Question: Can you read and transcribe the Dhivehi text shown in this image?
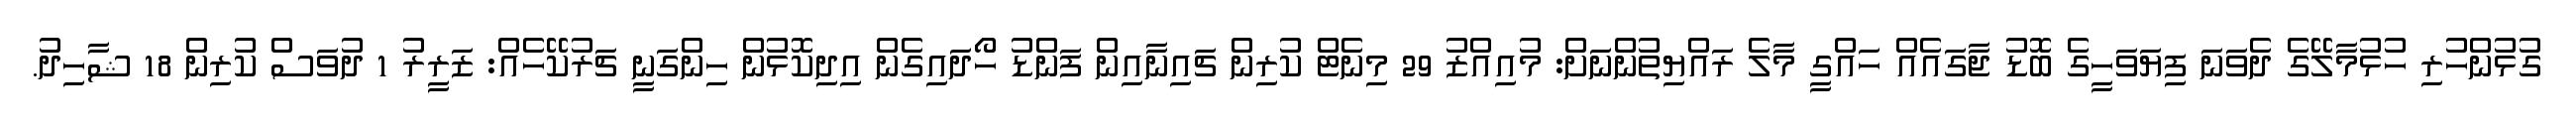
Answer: ގުޅުންހުރި ހުޅުމާލޭގެ ދެވަނަ ފިޔަވަހީގެ ބޮޑު ޖާގައެއް ހައްގީ މާލެ ރައްޔިތުންނަށް: މުއިއްޒު 29 މިނެޓް ކުރިން ޗައިނާއިން ފަންޑު ހޯދައިގެން އިދިކޮޅުން ހިންގަނީ ޗަރުކޭހެއް: ޒަރީރު 1 ދުވަސް ކުރިން 18 ޝާހިދު.